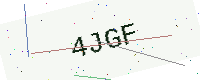
Text: 4JGF